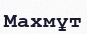
Махмұт